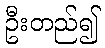
ဦးတည်၍